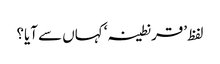
لفظ ’قرنطینہ‘ کہاں سے آیا؟